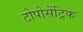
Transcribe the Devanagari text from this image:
टोपोसेंट्रिक